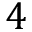
4